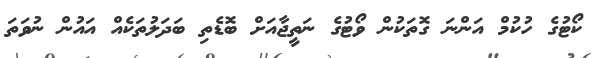
ކޯޓުގެ ހުކުމް އަންނަ ގޮތަކުން ވޯޓުގެ ނަތީޖާއަށް ބޮޑެތި ބަދަލުތަކެއް އައުން ނުވަތަ